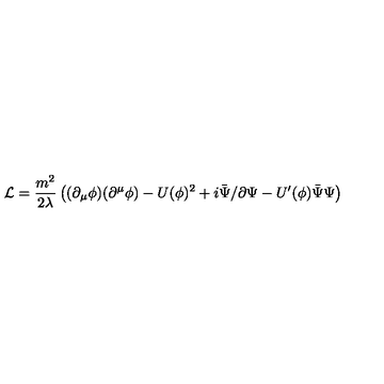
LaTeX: { \cal L } = \frac { m ^ { 2 } } { 2 \lambda } \left( ( \partial _ { \mu } \phi ) ( \partial ^ { \mu } \phi ) - U ( \phi ) ^ { 2 } + i \bar { \Psi } \slash \partial \Psi - U ^ { \prime } ( \phi ) \bar { \Psi } \Psi \right)